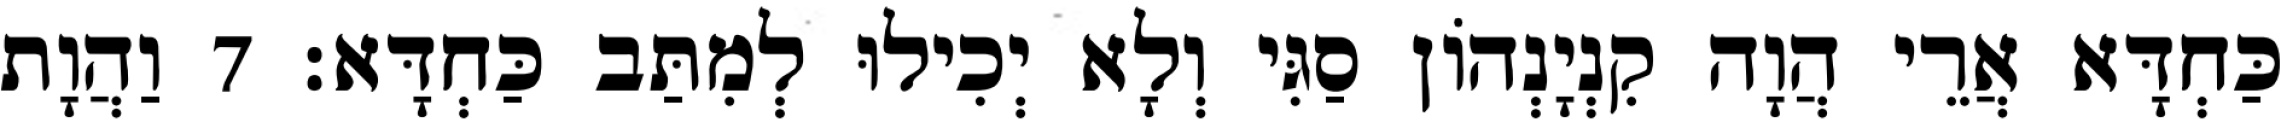
כַּחְדָּא אֲרֵי הֲוָה קִנְיָנְהוֹן סַגִּי וְלָא יְכִילוּ לְמִתַּב כַּחְדָּא׃ 7 וַהֲוָת